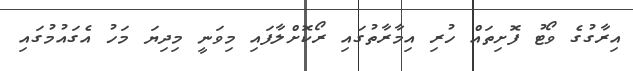
އިރާގުގެ ވޯޓު ފޮށިތައް ހުރި އިމާރާތުގައި ރޯކޮށްލާފައި މިވަނީ މިދިޔަ މަހު އެގައުމުގައި